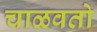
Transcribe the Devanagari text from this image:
चाळवतो